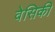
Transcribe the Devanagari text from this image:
वेसिकी